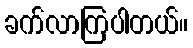
ခက်လာကြပါတယ်။